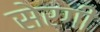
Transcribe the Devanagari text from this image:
सेरगी